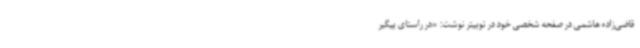
قاضی‌زاده هاشمی در صفحه شخصی خود در توییتر نوشت: «در راستای پیگیر